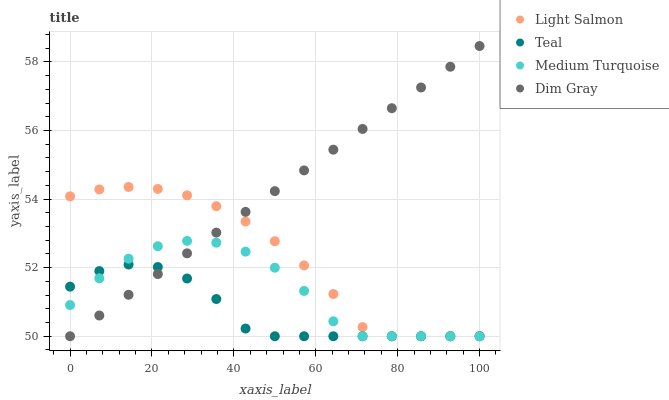
| xaxis_label | Light Salmon | Teal | Medium Turquoise | Dim Gray |
 | --- | --- | --- | --- | --- |
 | 0 | 54.1 | 51.4 | 50.9 | 50 |
 | 7.14 | 54.3 | 51.9 | 51.7 | 50.6 |
 | 14.3 | 54.4 | 52.1 | 52.3 | 51.2 |
 | 21.4 | 54.3 | 52 | 52.6 | 51.8 |
 | 28.6 | 54.1 | 51.7 | 52.8 | 52.4 |
 | 35.7 | 53.8 | 51.1 | 52.7 | 53 |
 | 42.9 | 53.3 | 50.2 | 52.5 | 53.6 |
 | 50 | 52.8 | 50 | 52 | 54.2 |
 | 57.1 | 52.1 | 50 | 51.3 | 54.8 |
 | 64.3 | 51.2 | 50 | 50.4 | 55.4 |
 | 71.4 | 50.3 | 50 | 50 | 56 |
 | 78.6 | 50 | 50 | 50 | 56.6 |
 | 85.7 | 50 | 50 | 50 | 57.3 |
 | 92.9 | 50 | 50 | 50 | 57.9 |
 | 100 | 50 | 50 | 50 | 58.5 |